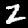
Digit: 2